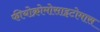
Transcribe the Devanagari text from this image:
फीयोक्रोमोसाइटोमास